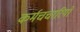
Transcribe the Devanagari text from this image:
कर्मचचारियों